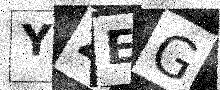
Text: Y2EG